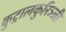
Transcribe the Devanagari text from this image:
कुट्रालकुरिञ्जी